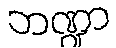
ဘဏ္ဍာ